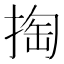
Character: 掏